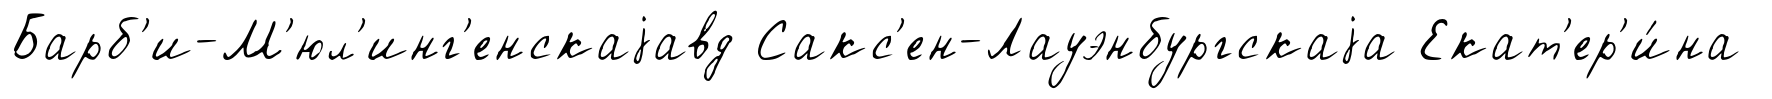
Барб'и-М'юл'инг'енскаjавд Сакс'ен-Лауэнбургскаjа Екат'ер'и́на